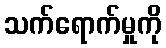
သက်ရောက်မှုကို